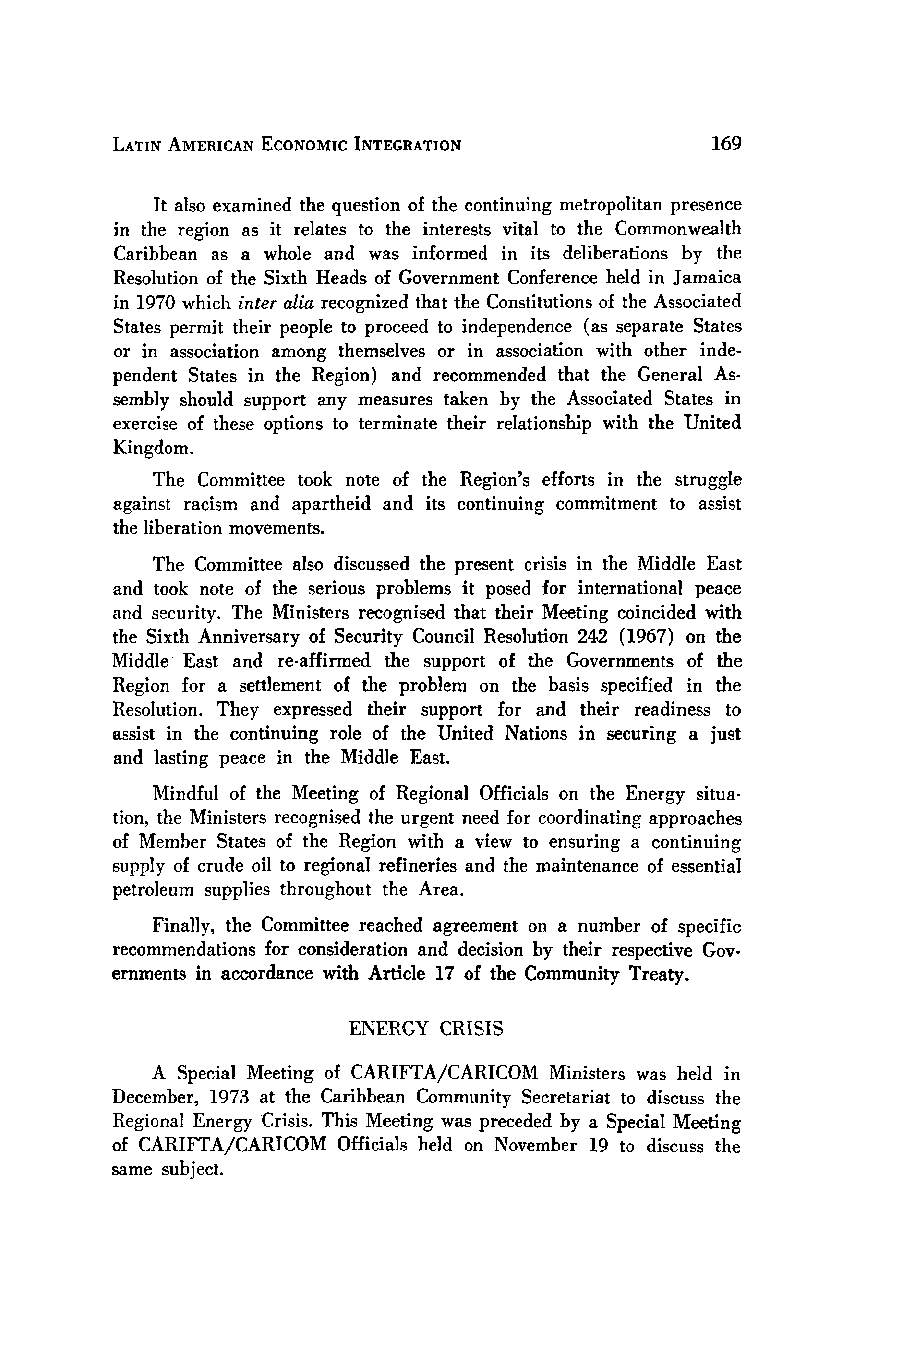
LATIN AMERICAN ECONOMIC INTEGRATION
 It also examined the question of the continuing metropolitan presence
 in the region as it relates to the interests vital to the Commonwealth
 Caribbean as a whole and was informed in its deliberations by the
 Resolution of the Sixth Heads of Government Conference held in Jamaica
 in 1970 which inter alia recognized that the Constitutions of the Associated
 States permit their people to proceed to independence (as separate States
 or in association among themselves or in association with other inde-
 pendent States in the Region) and recommended that the General As-
 sembly should support any measures taken by the Associated States in
 exercise of these options to terminate their relationship with the United
 Kingdom.
 The Committee took note of the Region's efforts in the struggle
 against racism and apartheid and its continuing commitment to assist
 the liberation movements.
 The Committee also discussed the present crisis in the Middle East
 and took note of the serious problems it posed for international peace
 and security. The Ministers recognised that their Meeting coincided with
 the Sixth Anniversary of Security Council Resolution 242 (1967) on the
 Middle East and re-affirmed the support of the Governments of the
 Region for a settlement of the problem on the basis specified in the
 Resolution. They expressed their support for and their readiness to
 assist in the continuing role of the United Nations in securing a just
 and lasting peace in the Middle East.
 Mindful of the Meeting of Regional Officials on the Energy situa-
 tion, the Ministers recognised the urgent need for coordinating approaches
 of Member States of the Region with a view to ensuring a continuing
 supply of crude oil to regional refineries and the maintenance of essential
 petroleum supplies throughout the Area.
 Finally, the Committee reached agreement on a number of specific
 recommendations for consideration and decision by their respective Gov-
 ernments in accordance with Article 17 of the Community Treaty.
 ENERGY CRISIS
 A Special Meeting of CARIFTA/CARICOM Ministers was held in
 December, 1973 at the Caribbean Community Secretariat to discuss the
 Regional Energy Crisis. This Meeting was preceded by a Special Meeting
 of CARIFTA/CARICOM Officials held on November 19 to discuss the
 same subject.